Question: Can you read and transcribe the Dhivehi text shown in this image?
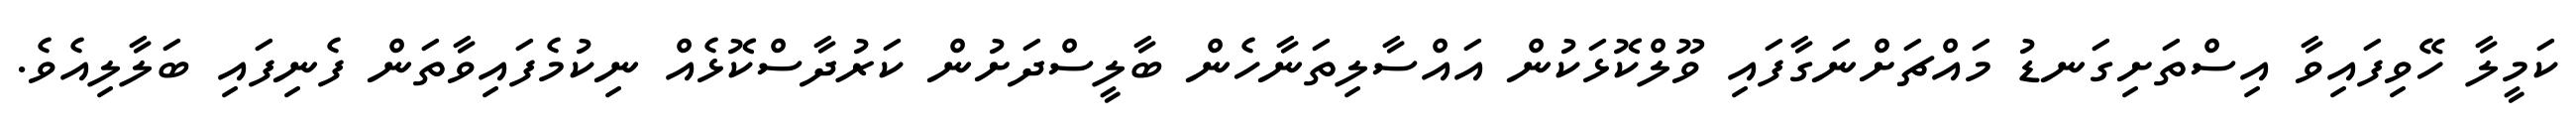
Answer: ކަމީލާ ހޭވިފައިވާ އިސްތަށިގަނޑު މައްޗަށްނަގާފައި ވޫލްކޮޅަކުން އައްސާލިތަނާހެން ބާލީސްދަށުން ކަރުދާސްކޮޅެއް ނިކުމެފައިވާތަން ފެނިފައި ބަލާލިއެވެ.